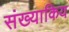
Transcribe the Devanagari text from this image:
संख्याकिय